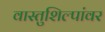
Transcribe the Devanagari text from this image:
वास्तुशिल्पांवर